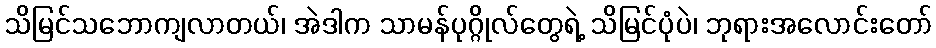
သိမြင်သဘောကျလာတယ်၊ အဲဒါက သာမန်ပုဂ္ဂိုလ်တွေရဲ့ သိမြင်ပုံပဲ၊ ဘုရားအလောင်းတော်